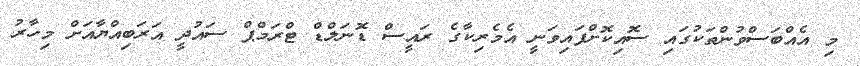
މި އެއްބަސްވުންތަކުގައި ސޮއިކޮށްފައިވަނީ އެމެރިކާގެ ރައީސް ޑޮނަލްޑް ޓްރަމްޕް ސައުދީ އަރަބިއްޔާއަށް މިހާރު